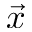
\vec { x }